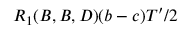
R _ { 1 } ( B , B , D ) ( b - c ) T ^ { \prime } / 2